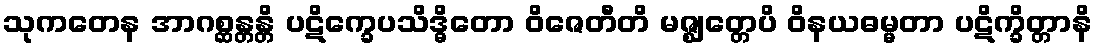
သုကတေန အာဂစ္ဆန္တန္တိ ပဋိက္ခေပသိဒ္ဓိတော ဝိဇေတီတိ မဇ္ဈတ္တေပိ ဝိနယဓမ္မတာ ပဋိက္ခိတ္တာနိ